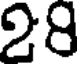
28